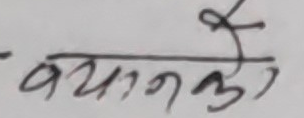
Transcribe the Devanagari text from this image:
बयानको